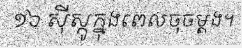
១៦ ស៊ីស្កូក្នុងពេលចុចម្តង។